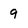
Character: 9